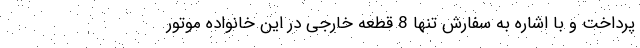
پرداخت و با اشاره به سفارش تنها 8 قطعه خارجی در این خانواده موتور